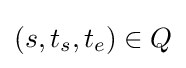
(s,t_{s},t_{e})\in Q